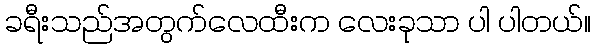
ခရီးသည်အတွက်လေထီးက လေးခုသာ ပါ ပါတယ်။